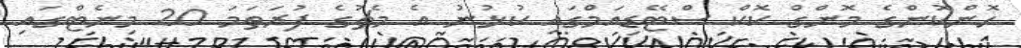
ހޮންކޮންގެ މޮންގް ކޮކް ސްޓޭޑިއަމްގައި ކުޅުނު އެ މެޗުގެ ފުރަތަމަ 20 މިނެޓްގައި